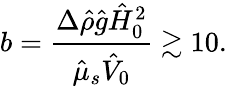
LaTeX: b=\frac{\Delta\hat{\rho}\hat{g}\hat{H}_{0}^{2}}{\hat{\mu}_{s}\hat{V}_{0}}\gtrsim 10.